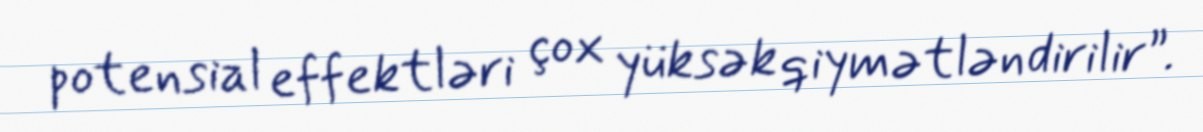
potensial effektləri çox yüksək qiymətləndirilir”.